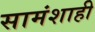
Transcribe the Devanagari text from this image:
सामंशाही